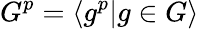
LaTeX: G^{p}=\langle g^{p}|g\in G\rangle